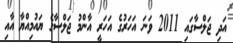
އަދި ޖަލްސާގައި 2011 ވަނަ އަހަރުގެ އަހަރީ އާންމު ޖަލްސާގެ ޔައުމިއްޔާ އާއި